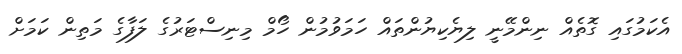
އެކަމުގައި ގޮތެއް ނިންމޭނީ ލިޔެކިޔުންތައް ހަމަވުމުން ހޯމް މިނިސްޓަރުގެ ލަފާގެ މަތިން ކަަމަށް